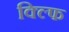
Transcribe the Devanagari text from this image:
क्ल्फि